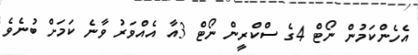
އެހެންކަމުން ނޯޓް 4ގެ ސްކްރީން ނޯޓް 3އާ އެއްވަރު ވާނެ ކަމަށް ބުނެވެ